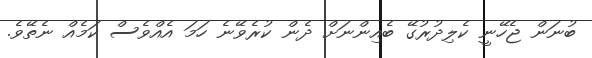
ބުނަން ޖެހޭނީ ކެލިދުރުގޭ ބެއިންނަށް ދެން ކުރެވޭނެ ހަމަ އެއްވެސް ކަމެއް ނެތޭވެ.